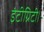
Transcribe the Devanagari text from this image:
इंटीग्रिटी।